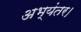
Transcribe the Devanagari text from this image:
अभ्यंतर।